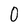
Character: O